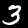
Digit: 3